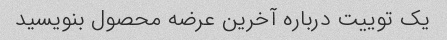
یک توییت درباره آخرین عرضه محصول بنویسید